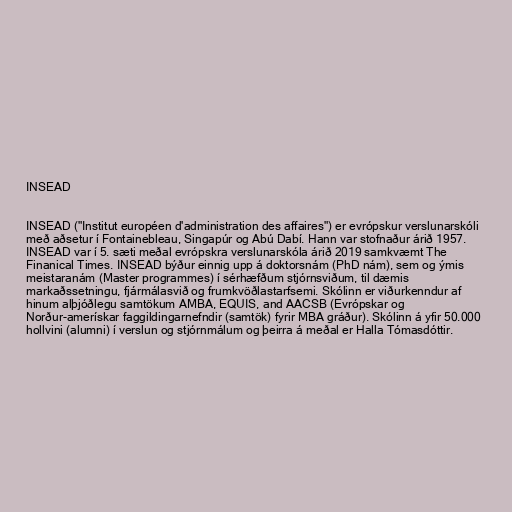
INSEAD

INSEAD ("Institut européen d'administration des affaires") er evrópskur verslunarskóli
með aðsetur í Fontainebleau, Singapúr og Abú Dabí. Hann var stofnaður árið 1957.
INSEAD var í 5. sæti meðal evrópskra verslunarskóla árið 2019 samkvæmt The
Finanical Times. INSEAD býður einnig upp á doktorsnám (PhD nám), sem og ýmis
meistaranám (Master programmes) í sérhæfðum stjórnsviðum, til dæmis
markaðssetningu, fjármálasvið og frumkvöðlastarfsemi. Skólinn er viðurkenndur af
hinum alþjóðlegu samtökum AMBA, EQUIS, and AACSB (Evrópskar og
Norður-amerískar faggildingarnefndir (samtök) fyrir MBA gráður). Skólinn á yfir 50.000
hollvini (alumni) í verslun og stjórnmálum og þeirra á meðal er Halla Tómasdóttir.